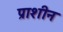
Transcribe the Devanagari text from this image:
प्राशीन